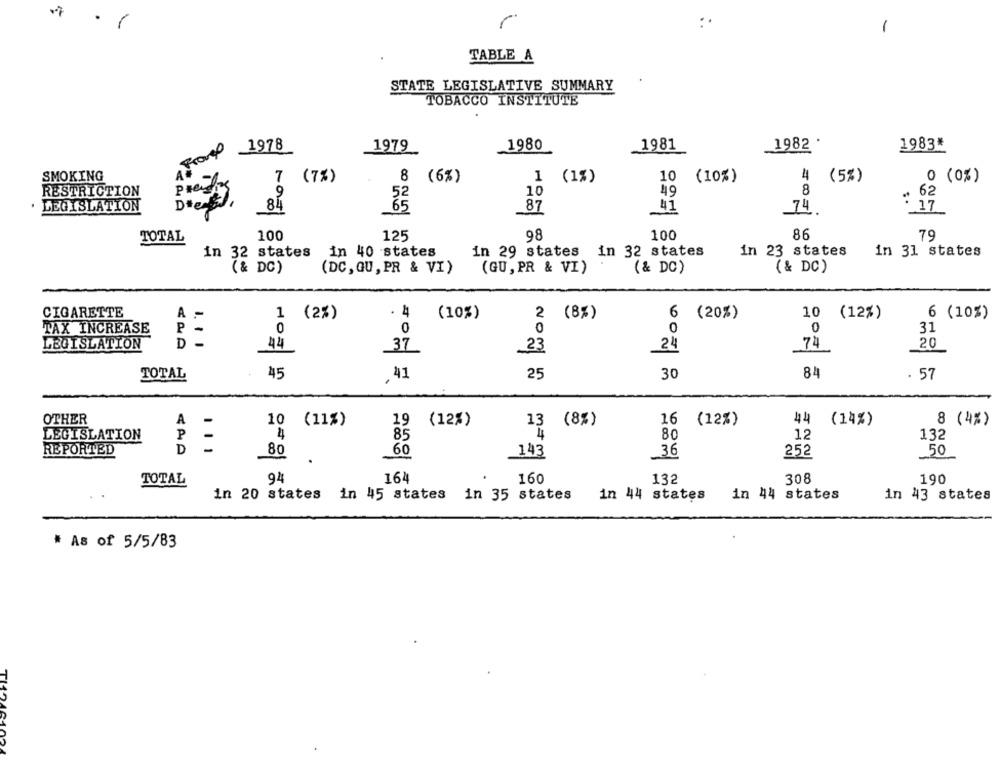
.
1
r
-
TABLE A
STATE LEGISLATIVE SUMMARY
TOBACCO INSTITUTE
1 France
1978
1979
1980
1981
1982 .
1983*
7
(7%)
8
(6%)
1 (1%)
10
(10%)
4
(5%)
0 (0%)
SMOKING
RESTRICTION
10
49
8
.9
52
62
LEGISLATION
Degli
,0
84
65
87
41
: 17.
74
TOTAL
100
125
98
100
86
79
in 32 states
in 40 states
in 29 states in 32 states
in 23 states
in 31 states
(& DC)
(DC, QU , PR & VI)
(GU , PR & VI)
(& DC)
(& DC)
CIGARETTE
A
=
1 (2%)
· 4
(10%)
2
(8%)
6
(20%)
10 (12%)
6 (10%)
TAX INCREASE
P -
0
0
0
0
0
31
LEGISLATION
D
-
44
37
24
74
20
23
TOTAL
45
.41
25
30
84
. 57
OTHER
A
10 (11%)
19
(12%)
13
(8%)
16
(12%)
44
(14%)
8 (4%)
LEGISLATION
P
-
4
85
4
80
12
132
REPORTED
D
-
80
60
143
252
50
.
3
164
TOTAL
94
160
132
308
190
in 20 states in 45 states in 35 states
in 44 states
in 44 states
in 43 states
# As of 5/5/83